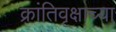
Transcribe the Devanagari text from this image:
क्रांतिवृक्षाच्या